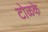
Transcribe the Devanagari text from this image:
टोळके